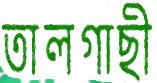
তালগাছী